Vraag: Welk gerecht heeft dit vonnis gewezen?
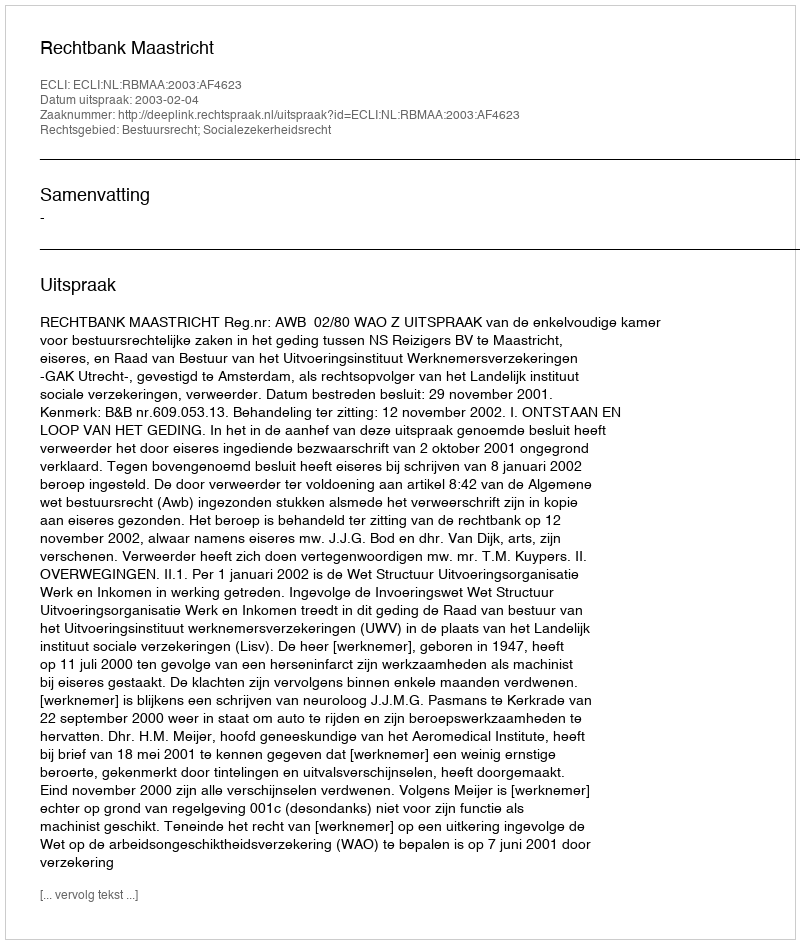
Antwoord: Rechtbank Maastricht